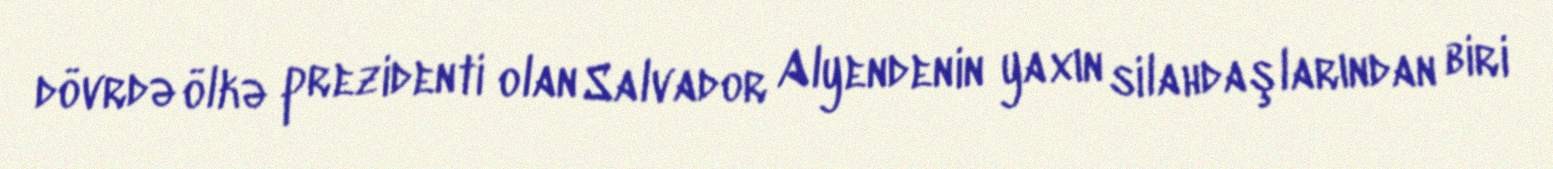
dövrdə ölkə prezidenti olan Salvador Alyendenin yaxın silahdaşlarından biri